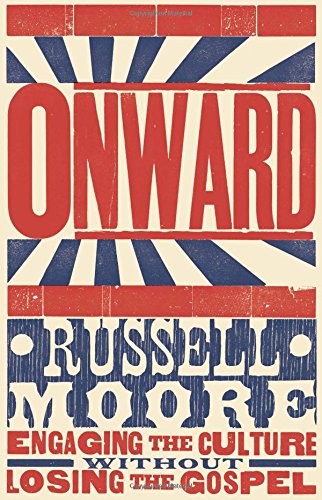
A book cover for Onward: Engaging the Culture without Losing the Gospel; Russell D. Moore; Christian Books & Bibles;